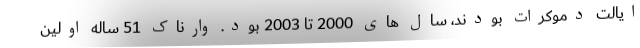
ایالت دموکرات بودند، سال های 2000 تا 2003 بود. وارناک 51 ساله اولین